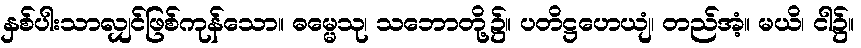
နှစ်ပါးသာလျှင်ဖြစ်ကုန်သော။ ဓမ္မေသု၊ သဘောတို့၌။ ပတိဋ္ဌဟေယျံ၊ တည်အံ့။ မယိ၊ ငါ၌။